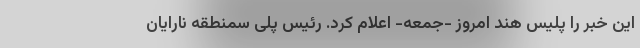
این خبر را پلیس هند امروز -‌جمعه- اعلام کرد. رئیس پلی سمنطقه نارایان